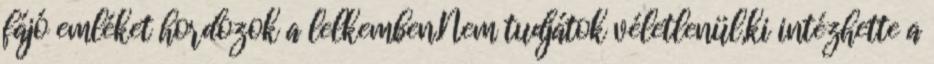
fájó emléket hordozok a lelkemben.Nem tudjátok véletlenül,ki intézhette a